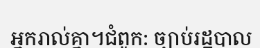
អ្នករាល់គ្នា។ជំពូក: ច្បាប់រដ្ឋបាល